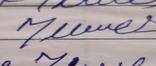
Signature authenticity: forged